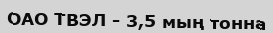
ОАО ТВЭЛ - 3,5 мың тонна